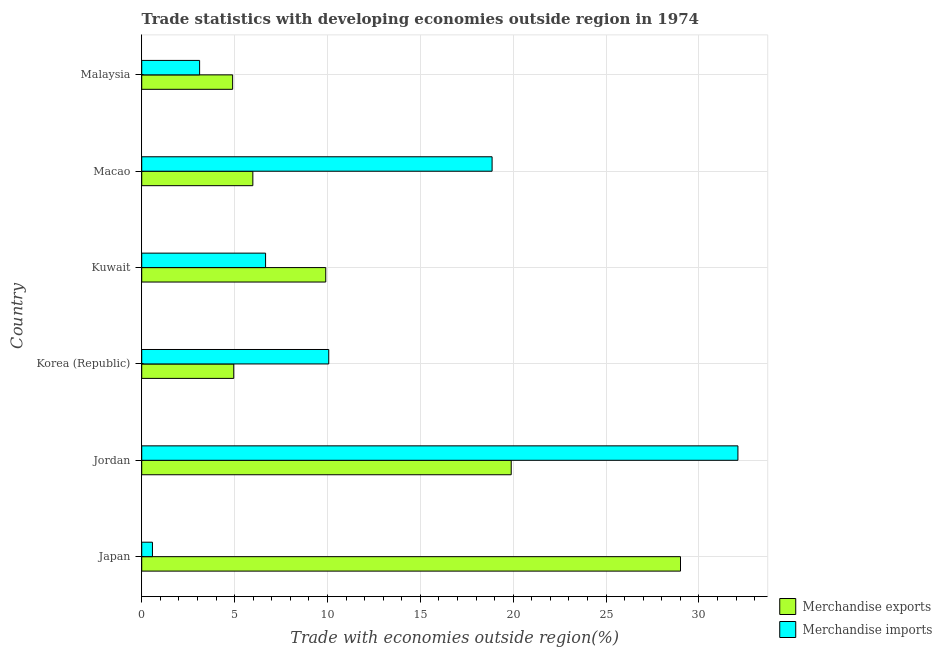
| Country | Merchandise exports | Merchandise imports |
 | --- | --- | --- |
 | Japan | 29 | 0.578 |
 | Jordan | 19.9 | 32.1 |
 | Korea (Republic) | 4.95 | 10.1 |
 | Kuwait | 9.91 | 6.67 |
 | Macao | 5.98 | 18.9 |
 | Malaysia | 4.89 | 3.12 |